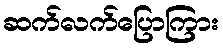
ဆက်လက်ပြောကြား